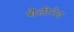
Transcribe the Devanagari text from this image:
शैलीभेद